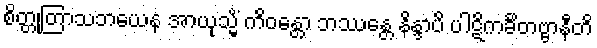
စိတ္တုတြာသဘယေန အာယုသ္မိံ ကိဝန္တော ဘဿန္တေ နိန္ဒာပိ ပါဋိကင်္ခိတဗ္ဗာနီတိ